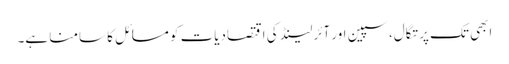
ابھی تک پرتگال، سپین اور آئرلینڈ کی اقتصادیات کو مسائل کا سامنا ہے۔